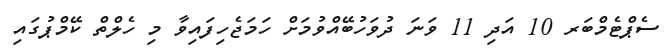
ސެޕްޓެމްބަރ 10 އަދި 11 ވަނަ ދުވަހުބޭއްވުމަށް ހަމަޖެހިފައިވާ މި ހެލްތް ކޭމްޕުގައި